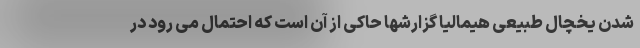
شدن یخچال طبیعی هیمالیا گزارشها حاکی از آن است که احتمال می رود در